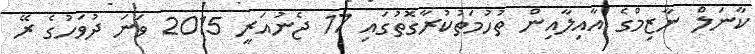
ކާނަލް ނާޒިމްގެ އާއިލާއިން ތުހުމަތުކުރާގޮތުގައި 17 ޖެނުއަރީ 2015 ވަނަ ދުވަހުގެ ރޭ